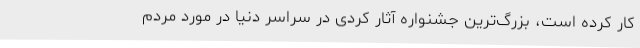
کار کرده است، بزرگ‌ترين جشنواره آثار کُردی در سراسر دنيا در مورد مردم